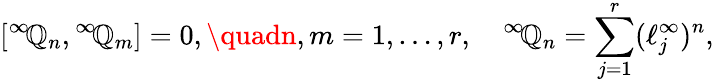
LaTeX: [{}^{\infty}\! \mathbb{Q}_{n},{}^{\infty}\! \mathbb{Q}_{m}]=0,\quadn,m=1,\ldots,r,\quad{}^{\infty}\! \mathbb{Q}_{n}=\sum_{j=1}^{r}(\ell_{j}^{\infty})^{n},